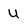
Character: u